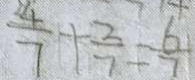
\frac { 4 } { 7 } + \frac { 2 } { 7 } = \frac { 6 } { 7 }